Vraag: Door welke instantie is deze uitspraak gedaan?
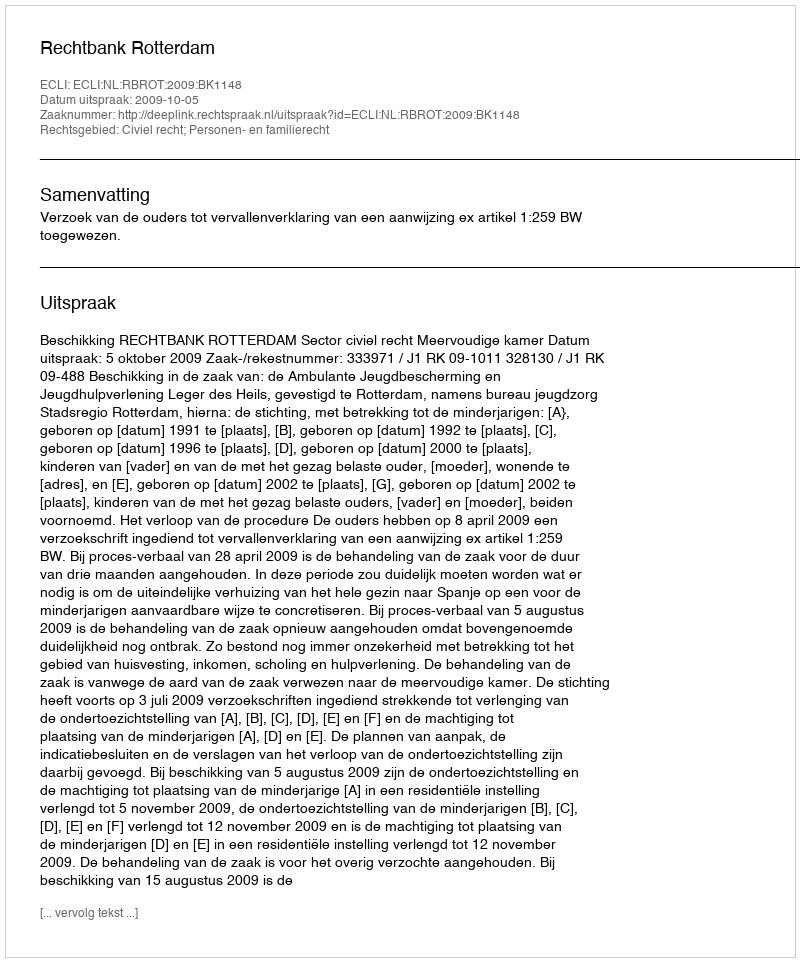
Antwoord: Rechtbank Rotterdam